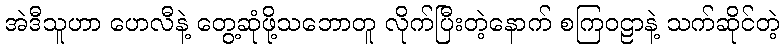
အဲဒီသူဟာ ဟေလီနဲ့ တွေ့ဆုံဖို့သဘောတူ လိုက်ပြီးတဲ့နောက် စကြဝဠာနဲ့ သက်ဆိုင်တဲ့